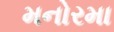
મનોરમા